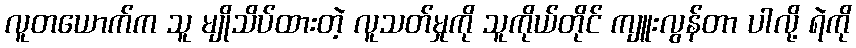
လူတယောက်က သူ မျိုသိပ်ထားတဲ့ လူသတ်မှုကို သူကိုယ်တိုင် ကျူးလွန်တာ ပါလို့ ရဲကို